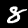
Digit: 8